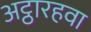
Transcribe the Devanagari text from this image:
अट्ठारहवा